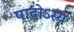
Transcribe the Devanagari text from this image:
पादोऽस्य